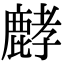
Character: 𪊷